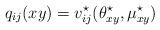
LaTeX: \begin{align*}q_{ij}(xy)=v^\star_{ij}( \theta^\star_{xy},\mu^\star_{xy})\end{align*}